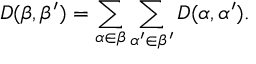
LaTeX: D ( \beta , \beta ^ { \prime } ) = \sum _ { \alpha \in \beta } \sum _ { \alpha ^ { \prime } \in \beta ^ { \prime } } D ( \alpha , \alpha ^ { \prime } ) .